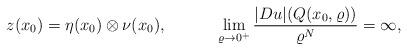
LaTeX: \begin{align*}z(x_0)=\eta(x_0)\otimes \nu(x_0), \;\;\;\;\;\;\;\;\;\;\; \lim_{\varrho \to 0^+}\frac{|Du|(Q(x_0,\varrho))}{\varrho^N}=\infty,\end{align*}